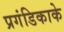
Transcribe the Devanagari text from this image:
प्रगंडिकाके